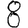
Digit: 8